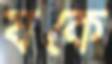
যকে